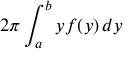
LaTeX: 2 \pi \int _ { a } ^ { b } y f ( y ) \, d y